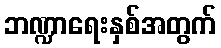
ဘဏ္ဍာရေးနှစ်အတွက်